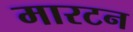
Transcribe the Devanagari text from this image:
मारटन